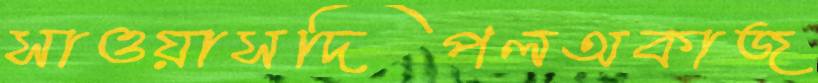
সাওয়াসদিপলঅকাজ